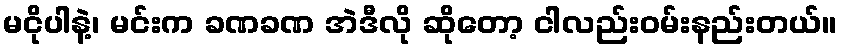
မငိုပါနဲ့၊ မင်းက ခဏခဏ အဲဒီလို ဆိုတော့ ငါလည်းဝမ်းနည်းတယ်။